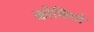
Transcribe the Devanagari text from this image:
कोशियो